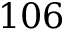
1 0 6